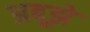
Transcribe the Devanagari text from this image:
अबूझे